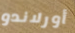
أورلاندو